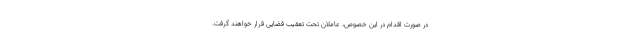
در صورت اقدام در این خصوص، عاملان تحت تعقیب قضایی قرار خواهند گرفت.